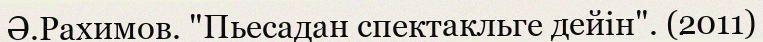
Ә.Рахимов. "Пьесадан спектакльге дейін". (2011)